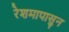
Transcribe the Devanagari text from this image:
रेशमापासुन